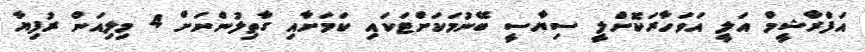
އަފްރާޝީމް އަލީ އަވަހާރަކޮށްލީ ސިޔާސީ ބޭނުމަކަށްޓަކައި ކަމަށާއި ގާތިލުންނަށް 4 މިލިއަން ރުފިޔާ